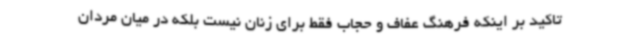
تاکید بر اینکه فرهنگ عفاف و حجاب فقط برای زنان نیست بلکه در میان مردان